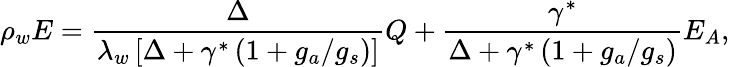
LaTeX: \rho_{w}E=\frac{\Delta}{\lambda_{w}\left[\Delta+\gamma^{*}\left(1+{g_{a}}/{g_{s}}\right)\right]}Q+\frac{\gamma^{*}}{\Delta+\gamma^{*}\left(1+{g_{a}}/{g_{s}}\right)}E_{A},